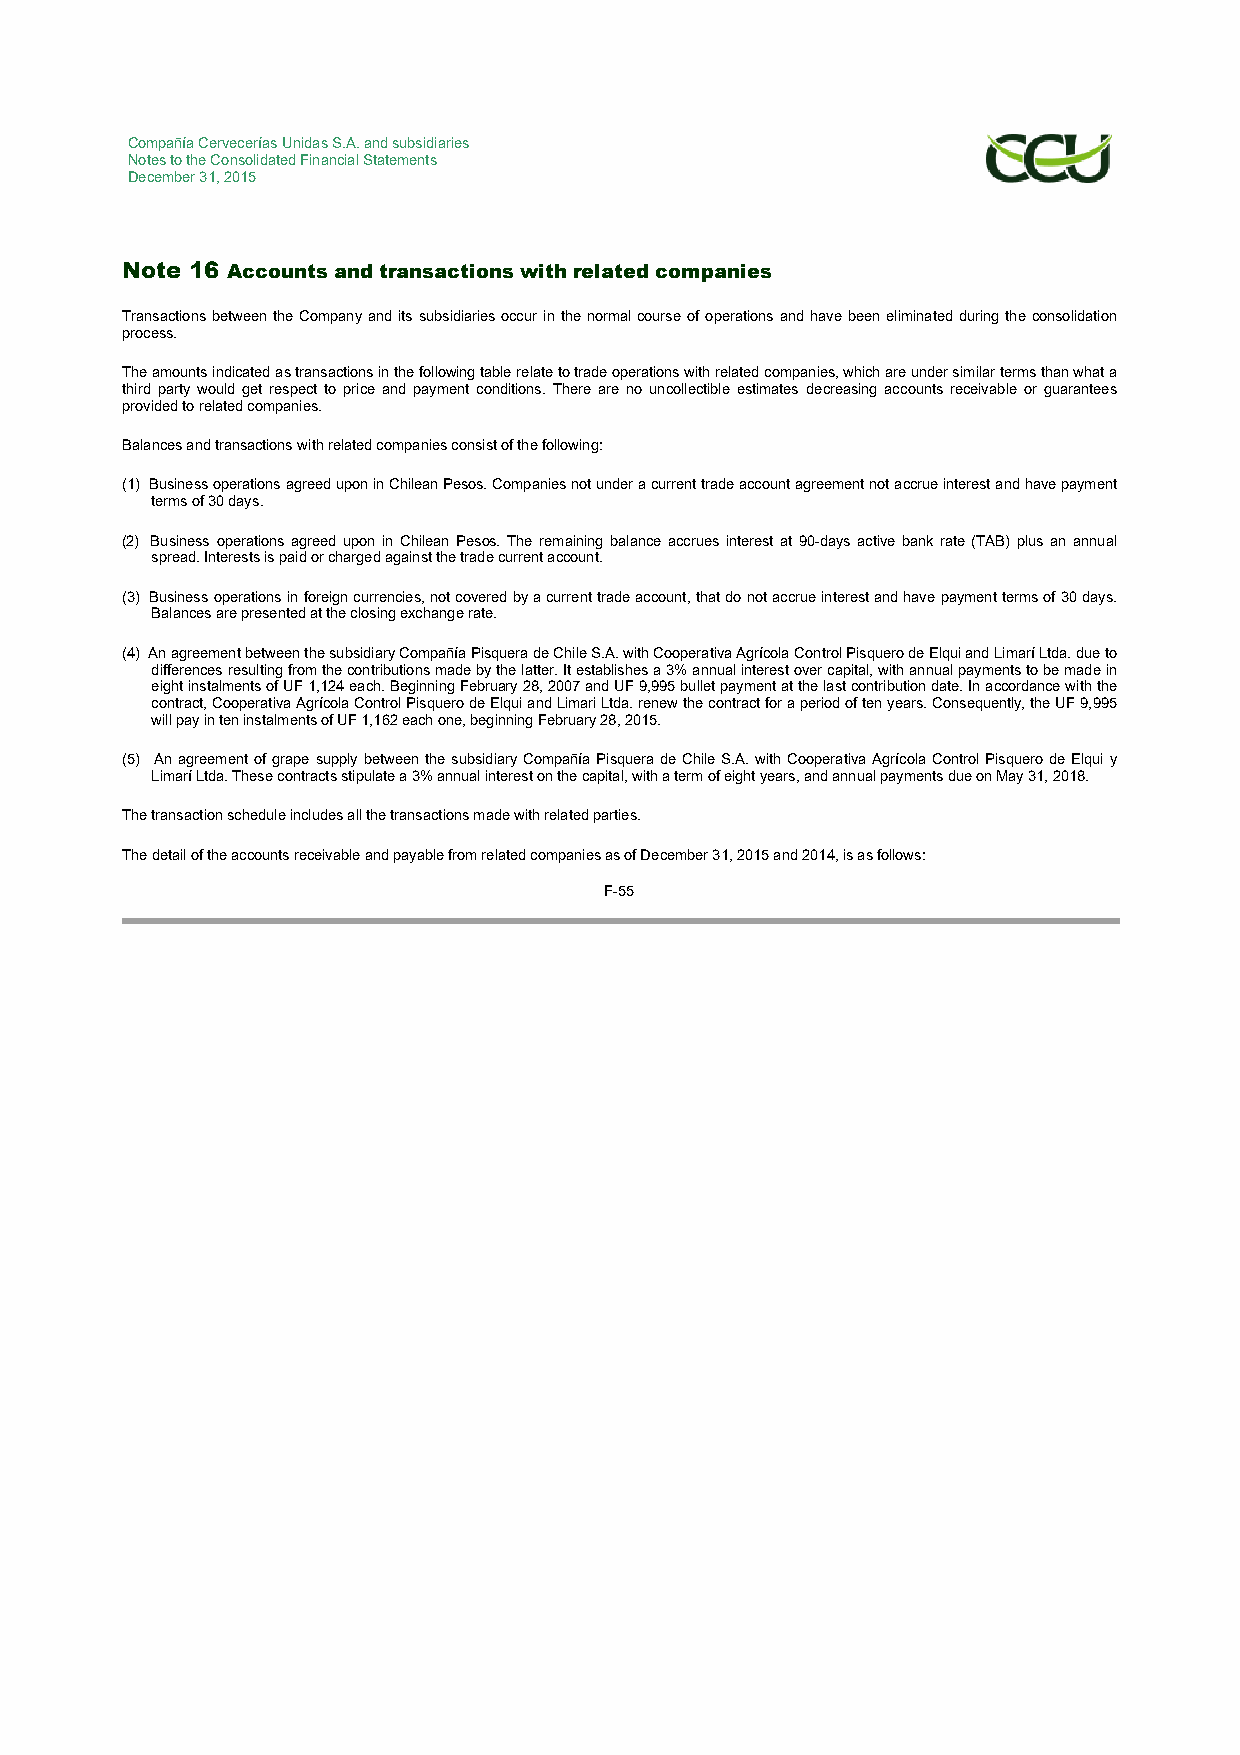
Compañía Cervecerías Unidas S.A. and subsidiaries
 Notes to the Consolidated Financial Statements
 December 31, 2015
 Note 16 Accounts and transactions with related companies
 Transactions between the Company and its subsidiaries occur in the normal course of operations and have been eliminated during the consolidation
 process.
 The amounts indicated as transactions in the following table relate to trade operations with related companies, which are under similar terms than what a
 third party would get respect to price and payment conditions. There are no uncollectible estimates decreasing accounts receivable or guarantees
 provided to related companies.
 Balances and transactions with related companies consist of the following:
 (1) Business operations agreed upon in Chilean Pesos. Companies not under a current trade account agreement not accrue interest and have payment
 terms of 30 days.
 (2) Business operations agreed upon in Chilean Pesos. The remaining balance accrues interest at 90-days active bank rate (TAB) plus an annual
 spread. Interests is paid or charged against the trade current account.
 (3) Business operations in foreign currencies, not covered by a current trade account, that do not accrue interest and have payment terms of 30 days.
 Balances are presented at the closing exchange rate.
 (4) An agreement between the subsidiary Compañía Pisquera de Chile S.A. with Cooperativa Agrícola Control Pisquero de Elqui and Limarí Ltda. due to
 differences resulting from the contributions made by the latter. It establishes a 3% annual interest over capital, with annual payments to be made in
 eight instalments of UF 1,124 each. Beginning February 28, 2007 and UF 9,995 bullet payment at the last contribution date. In accordance with the
 contract, Cooperativa Agrícola Control Pisquero de Elqui and Limari Ltda. renew the contract for a period of ten years. Consequently, the UF 9,995
 will pay in ten instalments of UF 1,162 each one, beginning February 28, 2015.
 (5) An agreement of grape supply between the subsidiary Compañía Pisquera de Chile S.A. with Cooperativa Agrícola Control Pisquero de Elqui y
 Limarí Ltda. These contracts stipulate a 3% annual interest on the capital, with a term of eight years, and annual payments due on May 31, 2018.
 The transaction schedule includes all the transactions made with related parties.
 The detail of the accounts receivable and payable from related companies as of December 31, 2015 and 2014, is as follows:
 F-55